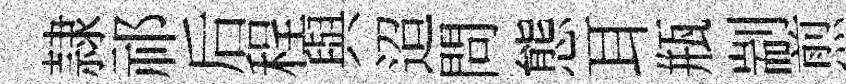
隷祁后程與迢問態耳瓶剬煎